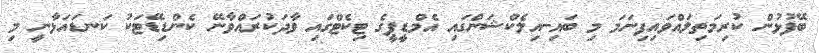
ބޭފުޅުން ކުރިމަތިލައްވައިފިނަމަ މި ބައި-އިލެކްޝަންގައި އެމްޑީޕީގެ ޓިކެޓްގައި ވާދަކުރައްވާނޭ ކެންޑިޑޭޓަކު ކަނޑައަޅާނީ މި